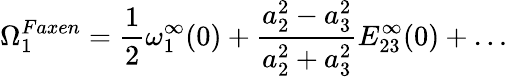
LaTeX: \Omega_{1}^{Faxen}=\frac{1}{2}\omega_{1}^{\infty}(0)+\frac{a_{2}^{2}-a_{3}^{2}}{a_{2}^{2}+a_{3}^{2}}E_{23}^{\infty}(0)+\dots